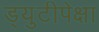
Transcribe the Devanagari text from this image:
ड्युटीपेक्षा